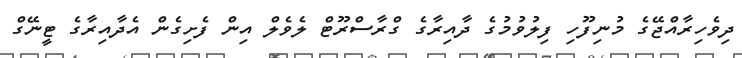
ދިވެހިރާއްޖޭގެ މުނިފޫހި ފިލުވުމުގެ ދާއިރާގެ ގްރާސްރޫޓް ލެވެލް އިން ފެށިގެން އެދާއިރާގެ ޓީނޭގް